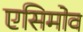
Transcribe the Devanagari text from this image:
एसिमोव